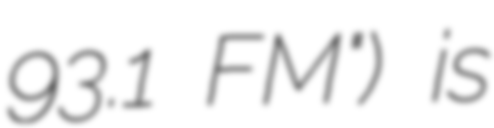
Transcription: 93.1 FM") is